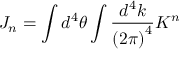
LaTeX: J _ { n } = \int d ^ { 4 } \theta \int \frac { d ^ { 4 } k } { { ( 2 \pi ) } ^ { 4 } } K ^ { n }